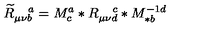
\widetilde { R } _ { \mu \nu b } ^ { \quad a } = M _ { c } ^ { a } \ast R _ { \mu \nu d } ^ { \quad c } \ast M _ { \ast b } ^ { - 1 d }